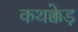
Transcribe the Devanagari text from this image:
कथक्केड़